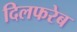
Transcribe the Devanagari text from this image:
दिलफरेब